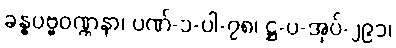
ခန္ဓပဗ္ဗဝဏ္ဏနာ၊ ပဏ်-၁-ပါ-၇၈၊ ဋ္ဌ-ပ-အုပ်-၂၉၁၊